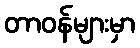
တာဝန်များမှာ